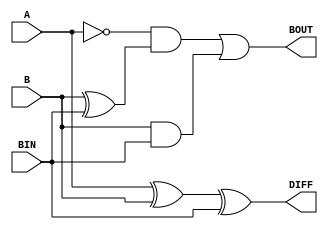
`timescale 1ns / 1ps

module full_subtractor(
    input A,
    input B,
    input BIN,
    output DIFF,
    output BOUT
    );
    assign DIFF = A ^ B ^ BIN;
    assign BOUT = ~A & (B^BIN) | B & BIN;
endmodule